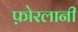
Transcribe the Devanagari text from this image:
फ़ोरलानी